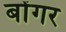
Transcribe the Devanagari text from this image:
बोंगर